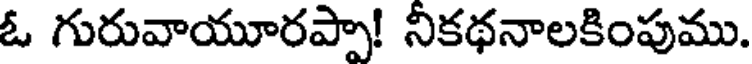
ఓ గురువాయూరప్పా! నికథనాలకింపుము.